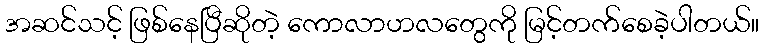
အဆင်သင့် ဖြစ်နေပြီဆိုတဲ့ ကောလာဟလတွေကို မြင့်တက်စေခဲ့ပါတယ်။